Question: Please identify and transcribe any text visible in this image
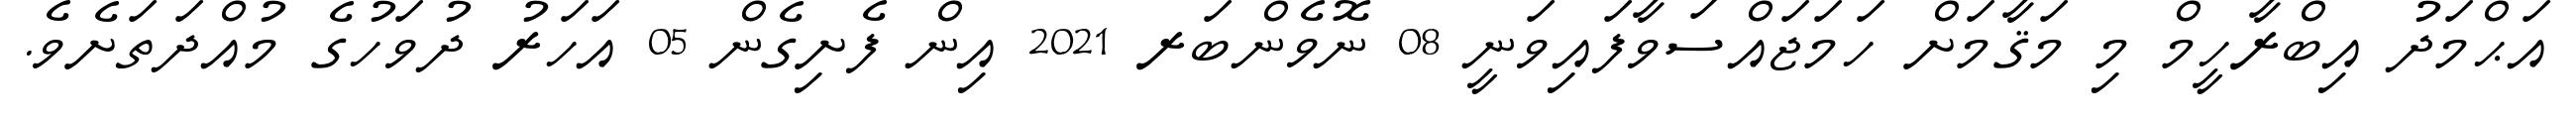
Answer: އަޙްމަދު އިބްރާހީމް މި މަޤާމަށް ހަމަޖައްސަވާފައިވަނީ 08 ނޮވެންބަރ 2021 އިން ފެށިގެން 05 އަހަރު ދުވަހުގެ މުއްދަތަށެވެ.